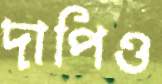
দাপিও